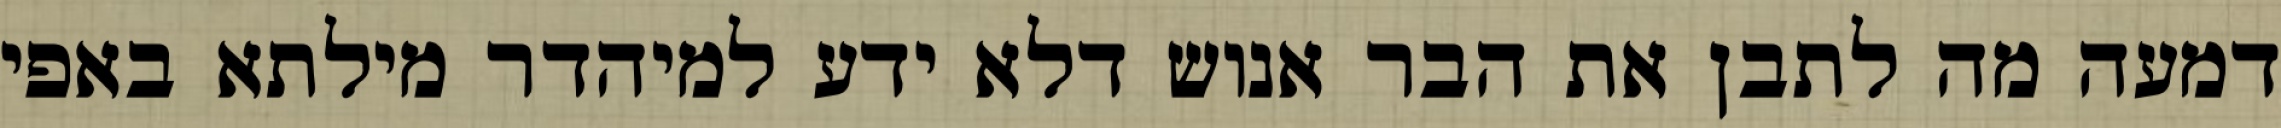
דמעה מה לתבן את הבר אנוש דלא ידע למיהדר מילתא באפי